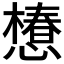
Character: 𢢫